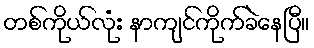
တစ်ကိုယ်လုံး နာကျင်ကိုက်ခဲနေပြီ။